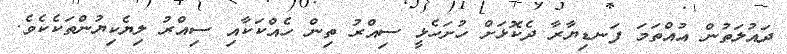
ދައުލަތުން އުއްތަމަ ފަނޑިޔާރާ ދެކޮޅަށް ހުށަހެޅީ ސިއްރު ތިން ހެއްކަކާއި ސިއްރު ލިޔެކިޔުންތަކެކެވެ.